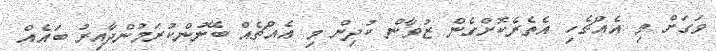
ވަގަށް މި އެއްޗެހި އެތެރެކޮށްގެން ޒުވާން ކުދިން މި އެއްޗެއް ބޭނުންކުރަމުންދާއިރު ބައެއް